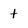
Character: t